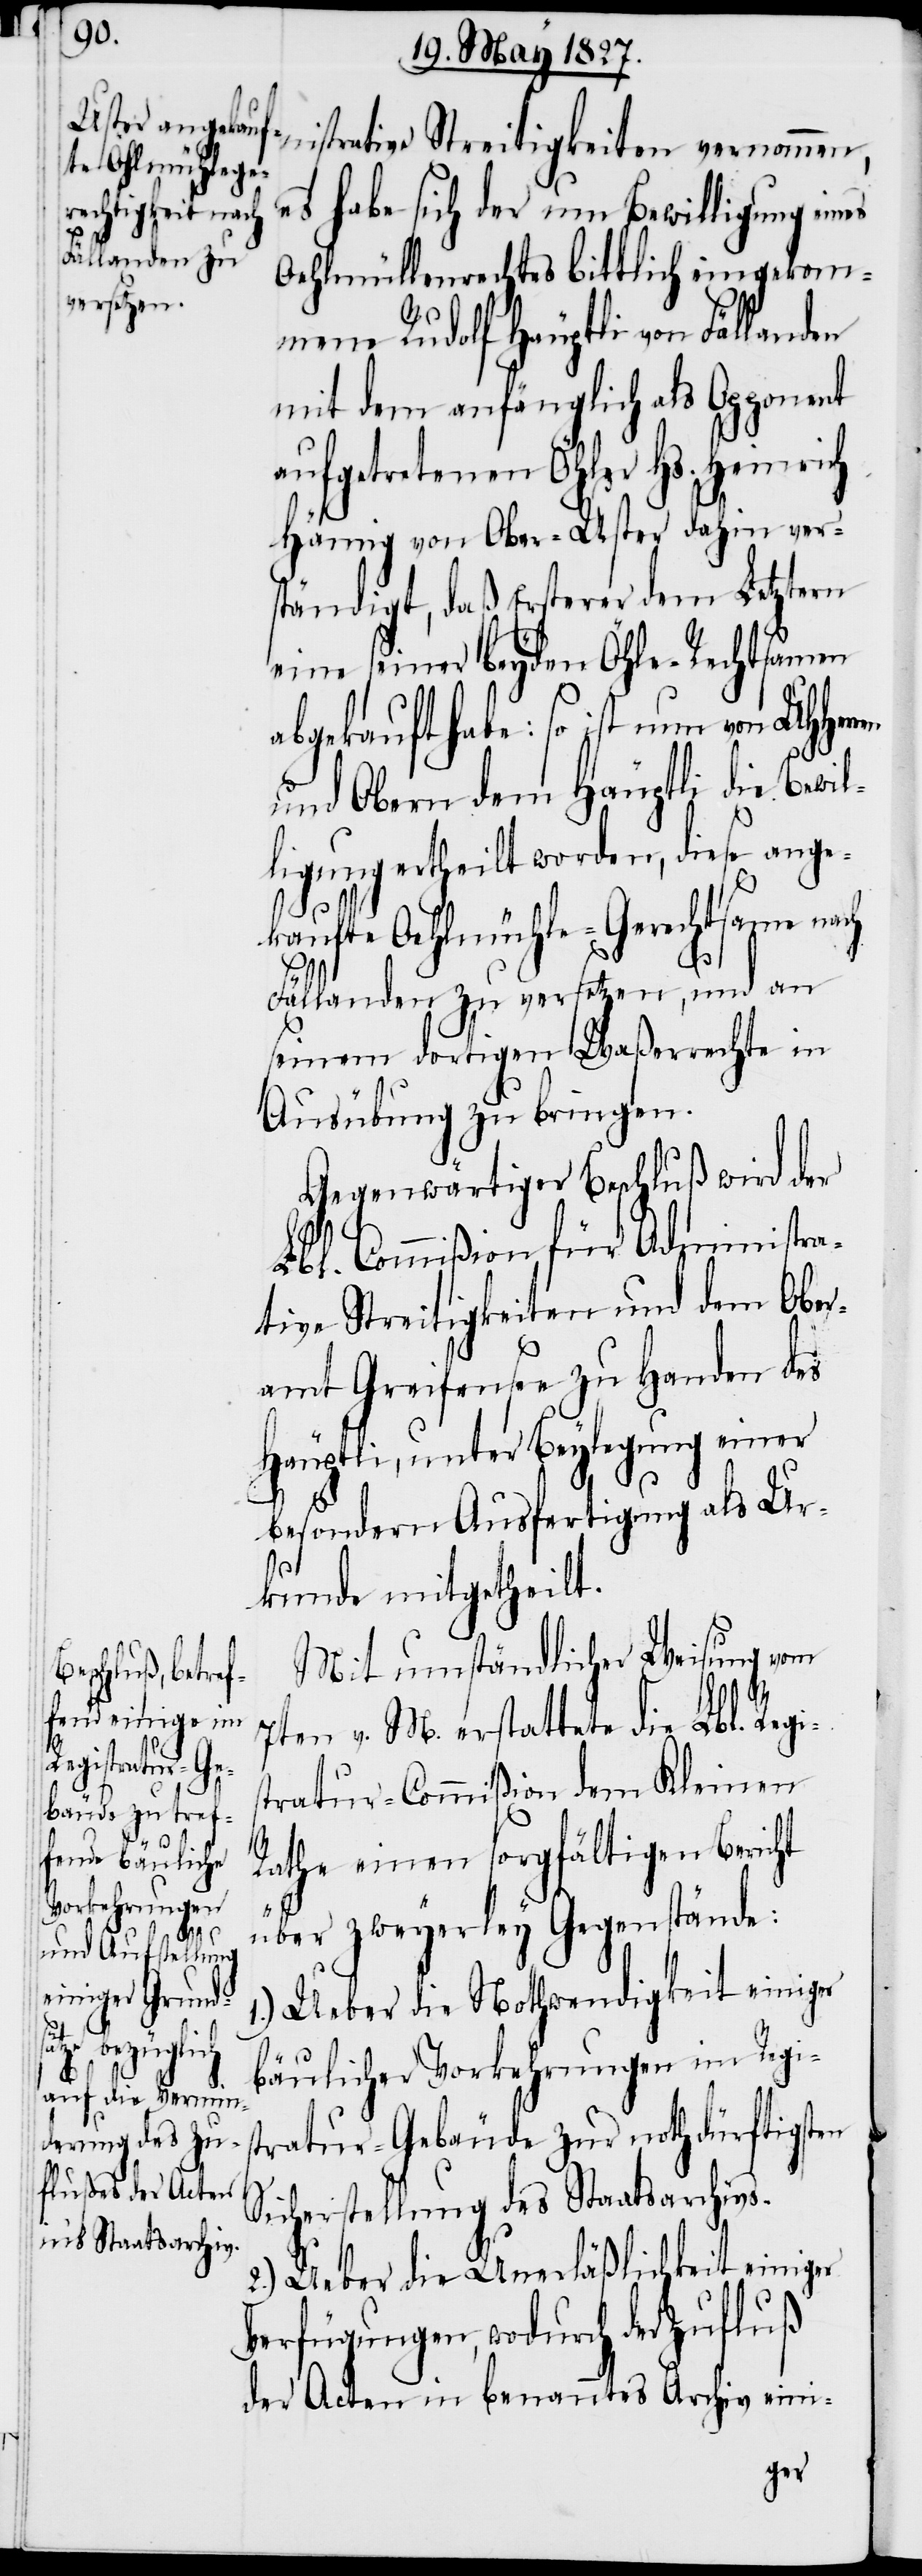
es

strative Streitigkeiten vernommen,
es habe sich der um Bewilligung ein¬
Oehlmühlenrechtes bittlich eingekom¬
mene Rudolf Häuptli von Fällanden
mit dem anfänglich als Opponent
aufgetretenen Öhler Hs. Heinrich
Hämig von Ober-Uster dahin ver¬
ständigt, daß Ersterer dem Letztern
eine seiner beyden Öhle-Rechtsamen
abgekauft habe: so ist nun von UHHer¬
und Obern dem Häuptli die Bewil¬
ligung ertheilt worden, diese ange¬
kaufte Oehlmühle-Gerechtsame nach
Fällanden zu versetzen, und an
seinem dortigen Waßerrechte in
Ausübung zu bringen.
Gegenwärtiger Beschluß wird der
Lbl. Commißion für Administra¬
tive Streitigkeiten und dem Ober¬
ren
amt Greifensee zu Handen des
Häuptli, unter Beylegung einer
besondern Ausfertigung als Ur¬
kunde mitgetheilt.
Mit umständlicher Weisung vom
7ten v. M. erstattete die Lbl. Regis¬
tratur-Commißion dem Kleinen
Rathe einen sorgfältigen Bericht
über zweyerley Gegenstände:
1.) Ueber die Nothwendigkeit einiger
bäulicher Vorkehrungen im Regis¬
tratur-Gebäude zur nothdürftigsten
Sicherstellung des Staatsarchivs.
2.) Ueber die Unerläßlichkeit einiger
Verfügungen, wodurch der Zufluß
der Acten in benanntes Archiv eini-